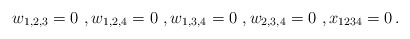
\begin{align*} w_{1,2,3}=0\ ,w_{1,2,4}=0\ ,w_{1,3,4}=0\ ,w_{2,3,4}=0\ , x_{1234}=0\,.\end{align*}